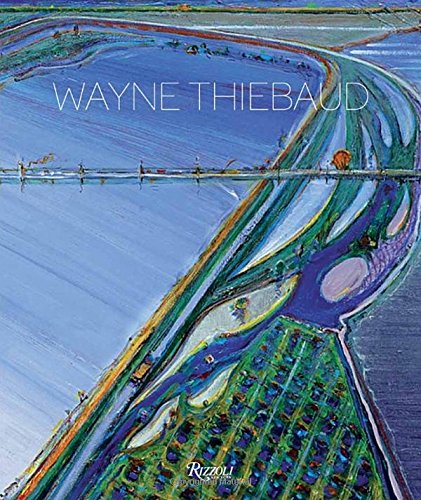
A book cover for Wayne Thiebaud; Kenneth Baker; Arts & Photography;